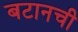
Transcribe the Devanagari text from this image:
बटानची